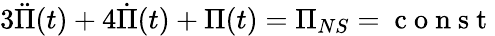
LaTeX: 3\ddot{\Pi}(t)+4\dot{\Pi}(t)+\Pi(t)=\Pi_{NS}=\mathrm{~c~o~n~s~t~}